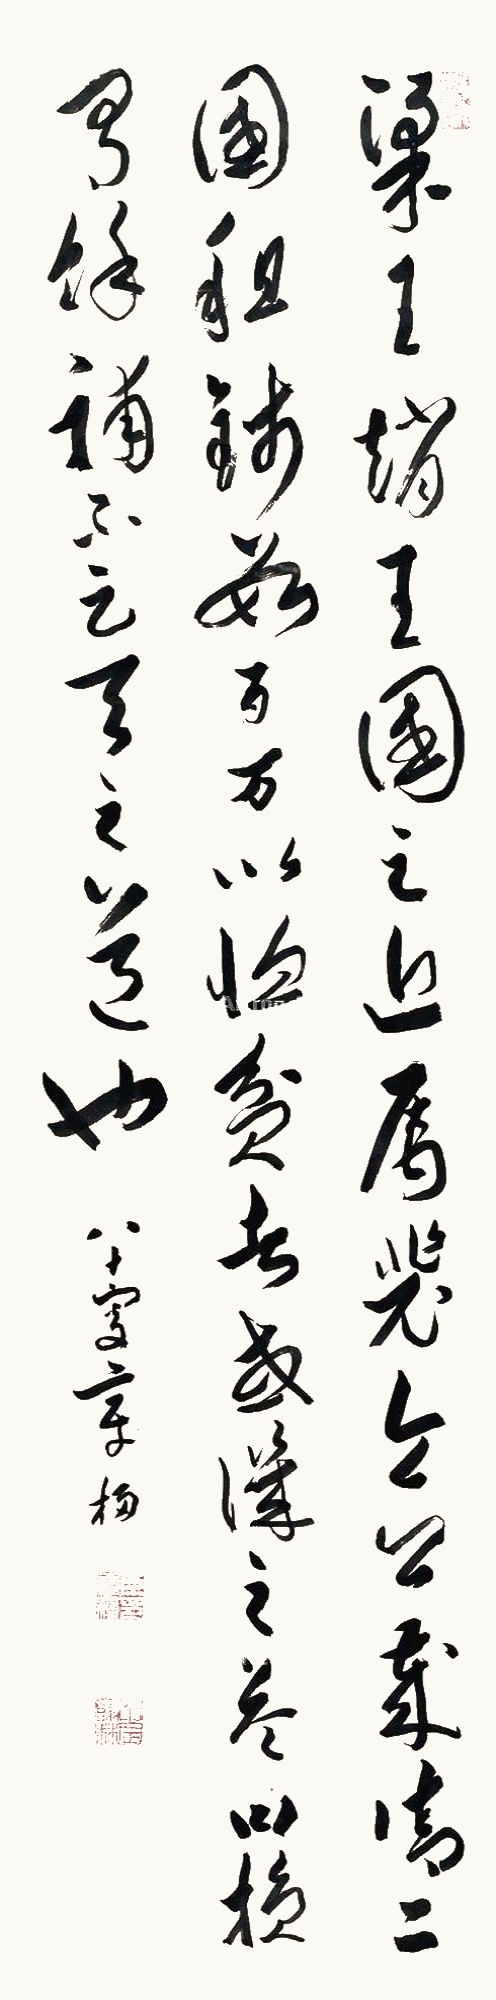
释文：梁王，赵王，国之近属。裴令公岁请二国租钱数百万，以恤贫者。或讥之。答曰，损有余，补不足，天之道也。八十叟章梫。